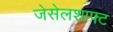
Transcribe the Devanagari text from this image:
जेसेलशाफ्ट